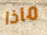
ماذا